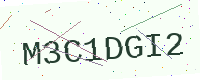
Text: M3C1DGI2